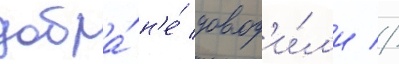
добра́ н'е́ довод'и́л'и //